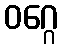
ဝဂ္ဂေ